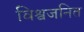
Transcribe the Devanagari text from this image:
विश्वजनित